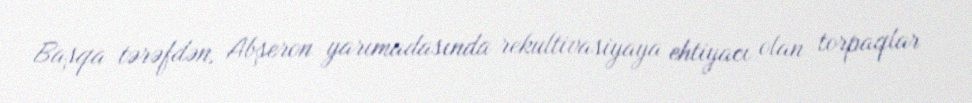
Başqa tərəfdən, Abşeron yarımadasında rekultivasiyaya ehtiyacı olan torpaqlar